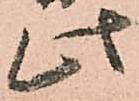
此